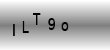
Text: ILT9o